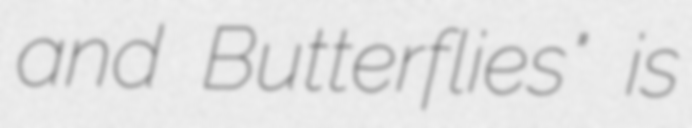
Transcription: and Butterflies" is